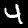
Label: 4